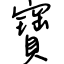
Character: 寶